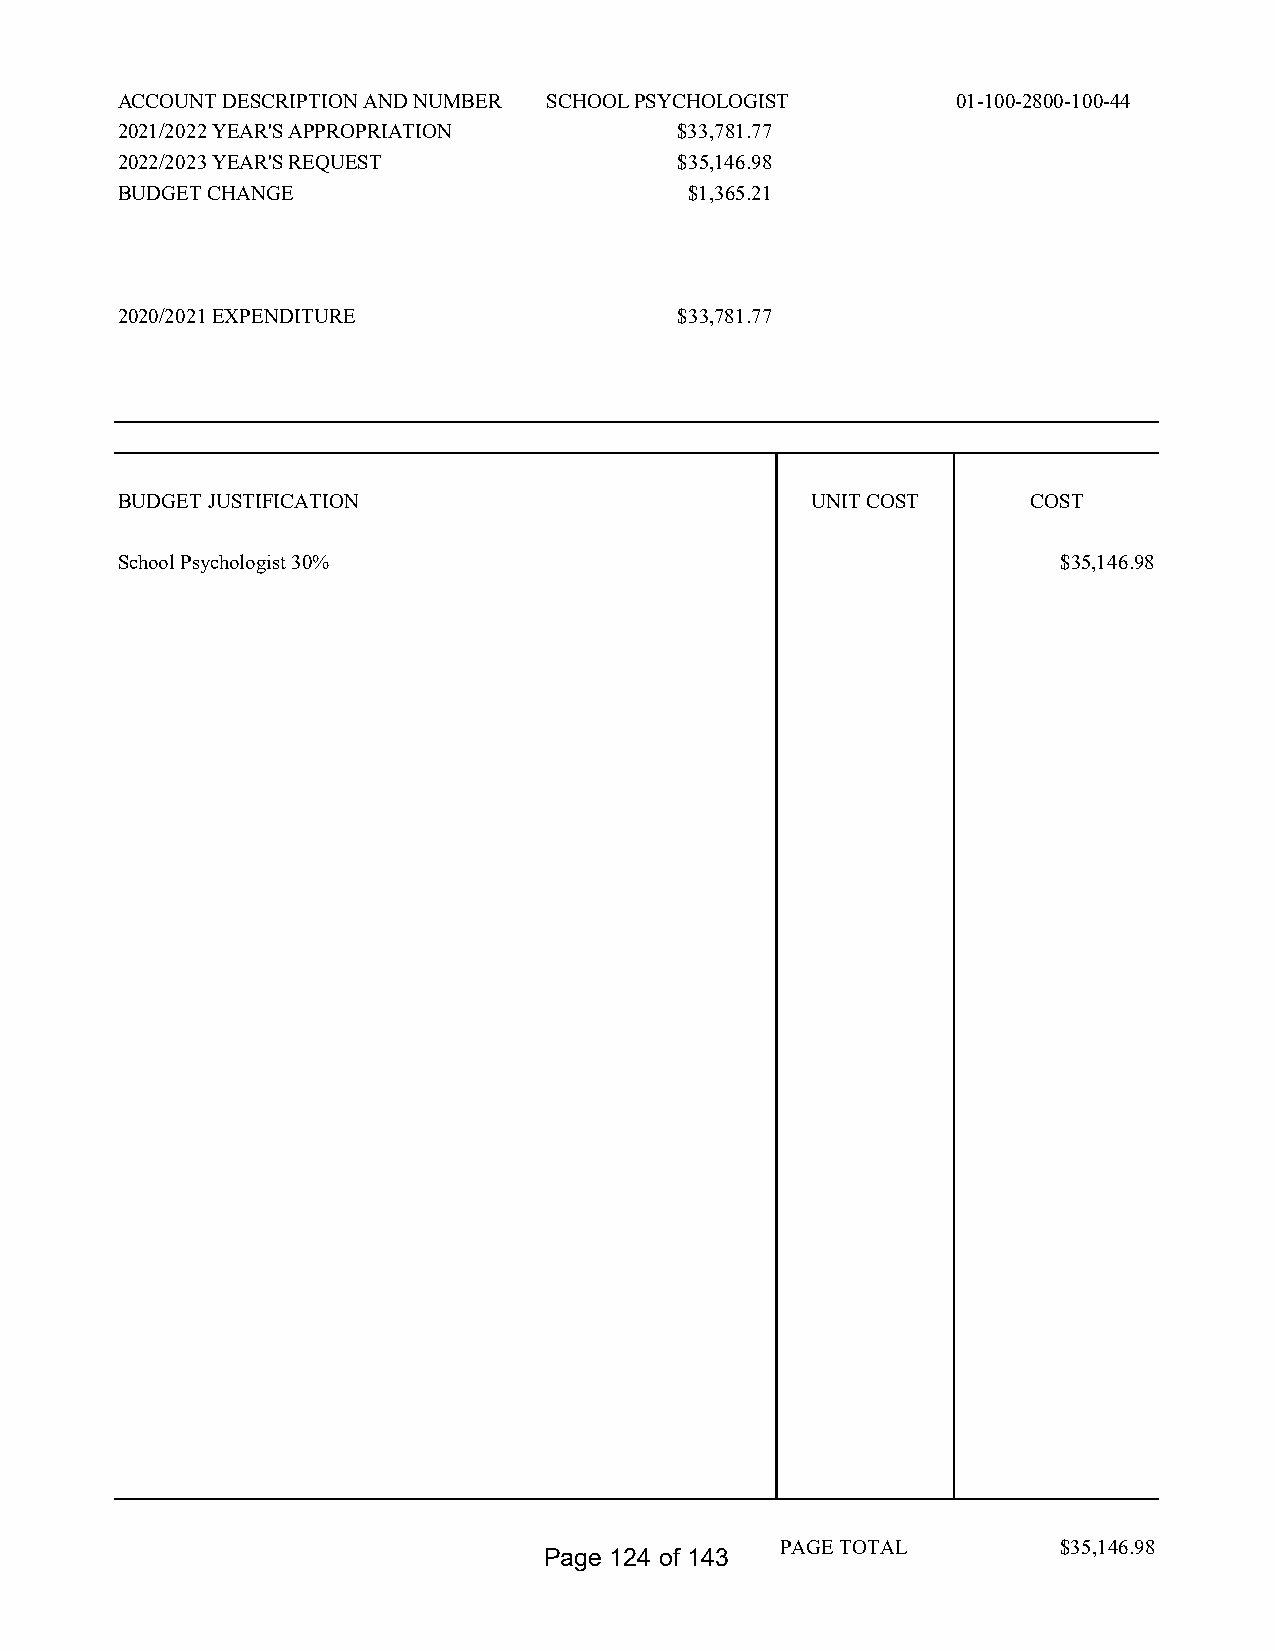
ACCOUNT DESCRIPTION AND NUMBER SCHOOL PSYCHOLOGIST     01-100-2800-100-44
 2021/2022 YEAR'S APPROPRIATION       $33,781.77
 2022/2023 YEAR'S REQUEST             $35,146.98
 BUDGET CHANGE                         $1,365.21
 2020/2021 EXPENDITURE                $33,781.77
 BUDGET JUSTIFICATION                          UNIT COST     COST
 School Psychologist 30%                                       $35,146.98
 PAGE TOTAL        $35,146.98
 Page 124 of 143